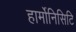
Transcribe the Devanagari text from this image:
हार्मोनिसिटि